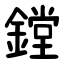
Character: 鏜